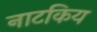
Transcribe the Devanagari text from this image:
नाटकिय